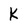
Character: k